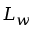
L _ { w }